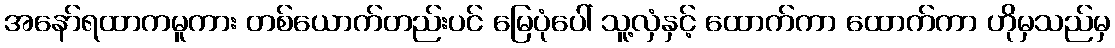
အနော်ရထာကမူကား တစ်ယောက်တည်းပင် မြေပုံပေါ် သူ့လှံနှင့် ထောက်ကာ ထောက်ကာ ဟိုမှသည်မှ